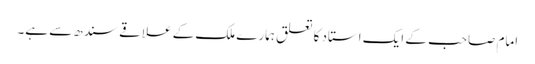
امام صاحب کے ایک استاد کا تعلق ہمارے ملک کے علاقے سندھ سے ہے۔